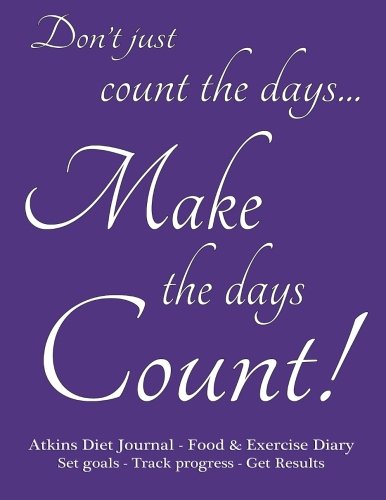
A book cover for Atkins Diet Journal & Food Diary, Set Goals - Track Progress - Get Results: Make the Days Count Diet journal and food diary, purple cover, 220 pages, track progress daily for 3 months.; Spicy Journals; Health, Fitness & Dieting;